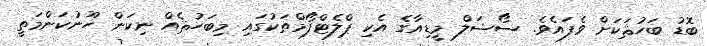
ބޮޑު ބަހުޘަކަށް ވެފައެވެ. ސޯޝަލް މީޑިއާގެ އެކި ޕްލެޓްފޯމްތަކުގައި މިބަހުޘެއް ނިކަން ހޫނުކަންމަތީ